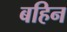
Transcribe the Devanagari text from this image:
बहिन